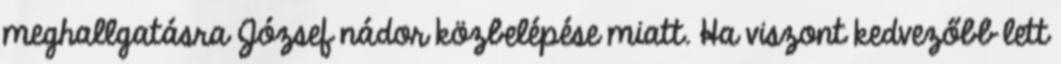
meghallgatásra József nádor közbelépése miatt. Ha viszont kedvezőbb lett